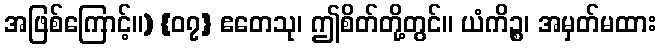
အဖြစ်ကြောင့်။) {၀၇} ဧတေသု၊ ဤစိတ်တို့တွင်။ ယံကိဉ္စ၊ အမှတ်မထား